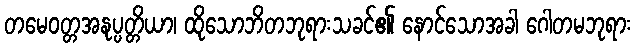
တမေဝတ္တအနုပ္ပတ္တိယာ၊ ထိုသောဘိတဘုရားသခင်၏ နောင်သောအခါ ဂေါတမဘုရား